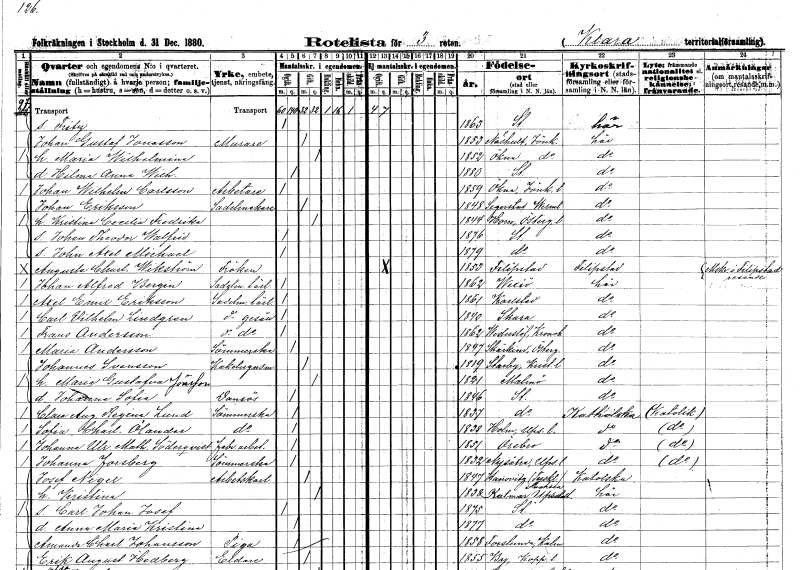
gt_parse: households: individuals: FN: Fritz
KON: M
CIV: O
FODAR: 1863
FODFORS: Stockholm
FN: Johan Gustaf
EN: Jonasson
YRKE: Murare
KON: M
CIV: G
FODAR: 1853
FODFORS: Näshult Jönköpings län
FN: Maria Wilhelmina
KON: K
CIV: G
FODAR: 1852
FODFORS: Ökna Jönköpings län
FN: Hilma Anna Wilhelmina
KON: K
CIV: O
FODAR: 1880
FODFORS: Stockholm
FN: Johan Wilhelm
EN: Carlsson
YRKE: Arbetare
KON: M
CIV: O
FODAR: 1859
FODFORS: Ökna Jönköpings län
FN: Johan
EN: Eriksson
YRKE: Sadelmakare
KON: M
CIV: G
FODAR: 1848
FODFORS: Segerstad Värmlands län
FN: Kristina Cecilia Fredrika
KON: K
CIV: G
FODAR: 1844
FODFORS: Horn Östergötlands län
FN: Johan Theodor Walfrid
KON: M
CIV: O
FODAR: 1876
FODFORS: Stockholm
FN: John Axel Michael
KON: M
CIV: O
FODAR: 1879
FODFORS: Stockholm
FN: Augusta Charlotta
EN: Wikström
KON: K
CIV: O
FODAR: 1853
FODFORS: Filipstad Värmlands län
FN: Johan Alfred
EN: Bergin
YRKE: Sadelmakarelärling
KON: M
CIV: O
FODAR: 1862
FODFORS: Växjö Kronobergs län
FN: Axel Emil
EN: Eriksson
YRKE: Sadelmakarelärling
KON: M
CIV: O
FODAR: 1861
FODFORS: Karlstad Värmlands län
FN: Carl Vilhelm
EN: Lindgren
YRKE: Sadelmakaregesäll
KON: M
CIV: O
FODAR: 1840
FODFORS: Skara Skaraborgs län
FN: Frans
EN: Andersson
YRKE: Sadelmakaregesäll
KON: M
CIV: O
FODAR: 1862
FODFORS: Vederslöv Kronobergs län
FN: Maria
EN: Andersson
YRKE: Sömmerska
KON: K
CIV: O
FODAR: 1847
FODFORS: Skärkind Östergötlands län
FN: Johannes
EN: Svensson
YRKE: Kakelugnsmakare
KON: M
CIV: G
FODAR: 1819
FODFORS: Starby Kristianstads län
FN: Maria Gustafva
EN: Jönsson
KON: K
CIV: G
FODAR: 1821
FODFORS: Malmö Malmöhus län
FN: Johanna Sofia
YRKE: Dansös
KON: K
CIV: O
FODAR: 1846
FODFORS: Stockholm
FN: Clara Augusta Regina
EN: Lund
YRKE: Sömmerska
KON: K
CIV: O
FODAR: 1837
FODFORS: Stockholm
FN: Sofia Charlotta
EN: Ölander
YRKE: Sömmerska
KON: K
CIV: O
FODAR: 1838
FODFORS: Holm Uppsala län
FN: Johanna Ulrika Mathilda
EN: Söderqvist
YRKE: Fabriksarbetare
KON: K
CIV: O
FODAR: 1851
FODFORS: Örebro Örebro län
FN: Johanna
EN: Forsberg
YRKE: Sömmerska
KON: K
CIV: O
FODAR: 1832
FODFORS: Nysätra Uppsala län
FN: Josef
EN: Nigel
YRKE: Arbetskarl
KON: M
CIV: G
FODAR: 1847
FN: Kristina
KON: K
CIV: G
FODAR: 1838
FODFORS: Kalmar Uppsala län
FN: Carl Johan Josef
KON: M
CIV: O
FODAR: 1875
FODFORS: Stockholm
FN: Anna Maria Kristina
KON: K
CIV: O
FODAR: 1877
FODFORS: Stockholm
FN: Amanda Charlotta
EN: Johansson
YRKE: Piga
KON: K
CIV: O
FODAR: 1858
FODFORS: Torslunda Kalmar län
FN: Erik August
EN: Hedberg
YRKE: Eldare
KON: M
CIV: G
FODAR: 1855
FODFORS: By Kopparbergs län